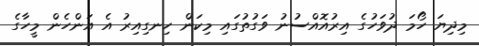
މިދިޔަ ހޯމަ ދުވަހުގެ އިރުއޮއްސުނު ވަގުތުގައި މިކަން ހިނގިއިރު އެ އަންހެން މީހާގެ